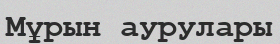
Мұрын аурулары